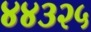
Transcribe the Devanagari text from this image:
४४३२५